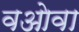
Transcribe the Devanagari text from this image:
वओवा